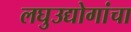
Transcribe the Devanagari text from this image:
लघुउद्योगांचा